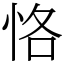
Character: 恪